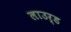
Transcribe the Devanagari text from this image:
लाउर्ड